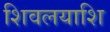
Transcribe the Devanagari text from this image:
शिवलयाशि